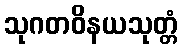
သုဂတဝိနယသုတ္တံ